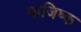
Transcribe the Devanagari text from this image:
वाजिष्क